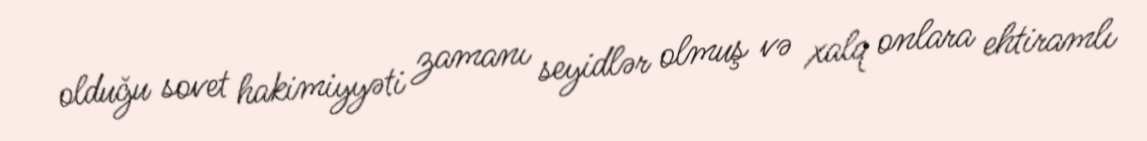
olduğu sovet hakimiyyəti zamanı seyidlər olmuş və xalq onlara ehtiramlı